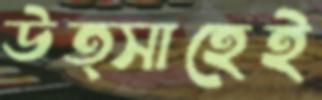
উত্সাহেই